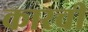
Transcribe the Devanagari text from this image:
कारची